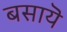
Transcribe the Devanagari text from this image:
बसायॆ